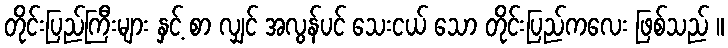
တိုင်းပြည်ကြီးများ နှင့် စာ လျှင် အလွန်ပင် သေးငယ် သော တိုင်းပြည်ကလေး ဖြစ်သည် ။